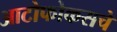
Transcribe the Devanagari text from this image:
आटोफोकसचे